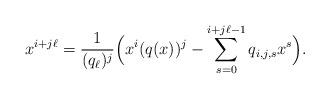
LaTeX: \begin{align*}x^{i+j\ell}=\frac{1}{(q_\ell)^j}\Big(x^i(q(x))^j-\sum_{s=0}^{i+j\ell-1}q_{i,j,s}x^{s}\Big).\end{align*}